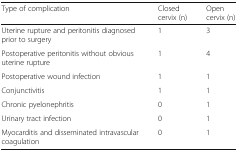
<table><thead><tr><td><b>Type of complication</b></td><td><b>Closed cervix (n)</b></td><td><b>Open cervix (n)</b></td></tr></thead><tbody><tr><td>Uterine rupture and peritonitis diagnosed prior to surgery</td><td>1</td><td>3</td></tr><tr><td>Postoperative peritonitis without obvious uterine rupture</td><td>1</td><td>4</td></tr><tr><td>Postoperative wound infection</td><td>1</td><td>1</td></tr><tr><td>Conjunctivitis</td><td>1</td><td>1</td></tr><tr><td>Chronic pyelonephritis</td><td>0</td><td>1</td></tr><tr><td>Urinary tract infection</td><td>0</td><td>1</td></tr><tr><td>Myocarditis and disseminated intravascular coagulation</td><td>0</td><td>1</td></tr></tbody></table>